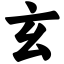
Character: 玄